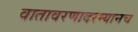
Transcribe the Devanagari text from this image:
वातावरणादरम्यानच